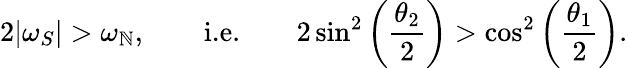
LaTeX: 2|\omega_{S}|>\omega_{\mathbb{N}},\qquad\textnormal{i.e.}\qquad2\sin^{2}\left(\frac{{\theta_{2}}}{{2}}\right)>\cos^{2}\left(\frac{{\theta_{1}}}{{2}}\right).